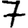
Digit: 7